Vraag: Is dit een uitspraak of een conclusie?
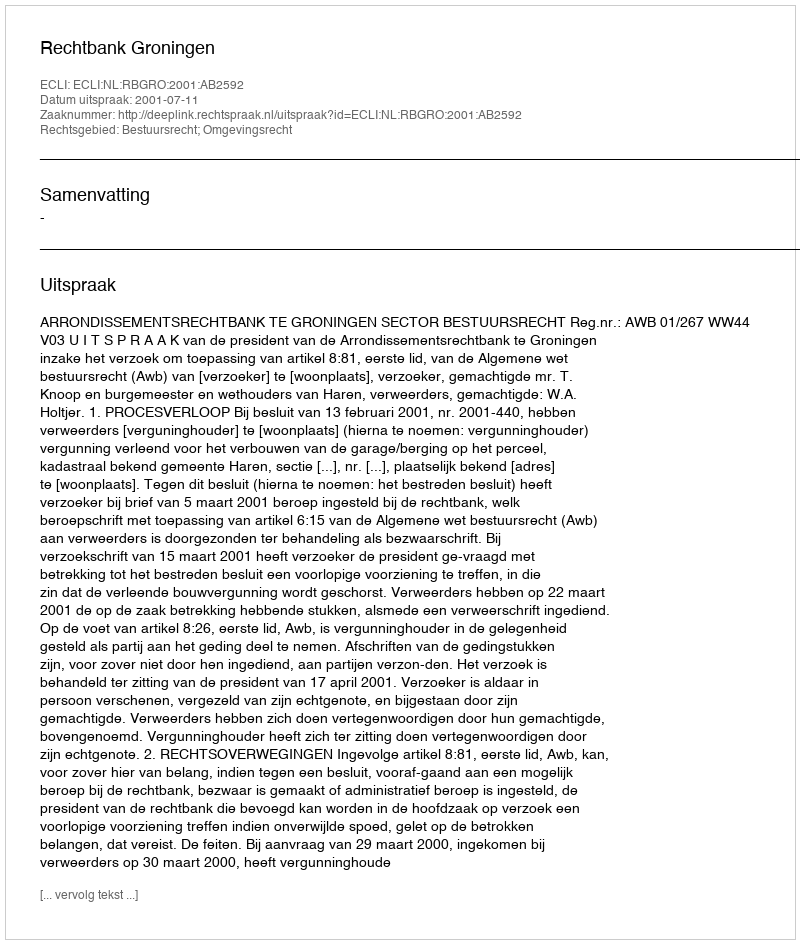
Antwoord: Uitspraak